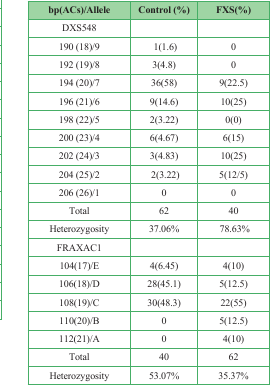
| bp(ACs)/Allele | Control (%) | FXS(%) |
 | --- | --- | --- |
 | DXS548 |  |  |
 | 190 (18)/9 | 1(1.6) | 0 |
 | 192 (19)/8 | 3(4.8) | 0 |
 | 194 (20)/7 | 36(58) | 9(22.5) |
 | 196 (21)/6 | 9(14.6) | 10(25) |
 | 198 (22)/5 | 2(3.22) | 0(0) |
 | 200 (23)/4 | 6(4.67) | 6(15) |
 | 202 (24)/3 | 3(4.83) | 10(25) |
 | 204 (25)/2 | 2(3.22) | 5(12/5) |
 | 206 (26)/1 | 0 | 0 |
 | Total | 62 | 40 |
 | Heterozygosity | 37.06% | 78.63% |
 | FRAXAC1 |  |  |
 | 104(17)/E | 4(6.45) | 4(10) |
 | 106(18)/D | 28(45.1) | 5(12.5) |
 | 108(19)/C | 30(48.3) | 22(55) |
 | 110(20)/B | 0 | 5(12.5) |
 | 112(21)/A | 0 | 4(10) |
 | Total | 40 | 62 |
 | Heterozygosity | 53.07% | 35.37% |